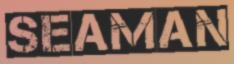
SEAMAN